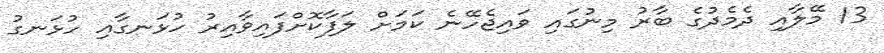
13 މޭލާއި ދެމެދުގެ ބާރު މިނުގައި ވައިޖެހޭނެ ކަމަށް ލަފާކޮށްފައިވާއިރު ހުޅަނގާއި ހުޅަނގު